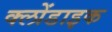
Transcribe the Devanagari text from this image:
क्लोंडाइक